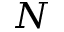
N